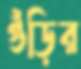
গুঁড়ির